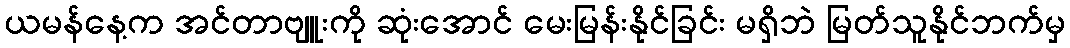
ယမန်နေ့က အင်တာဗျူးကို ဆုံးအောင် မေးမြန်းနိုင်ခြင်း မရှိဘဲ မြတ်သူနိုင်ဘက်မှ